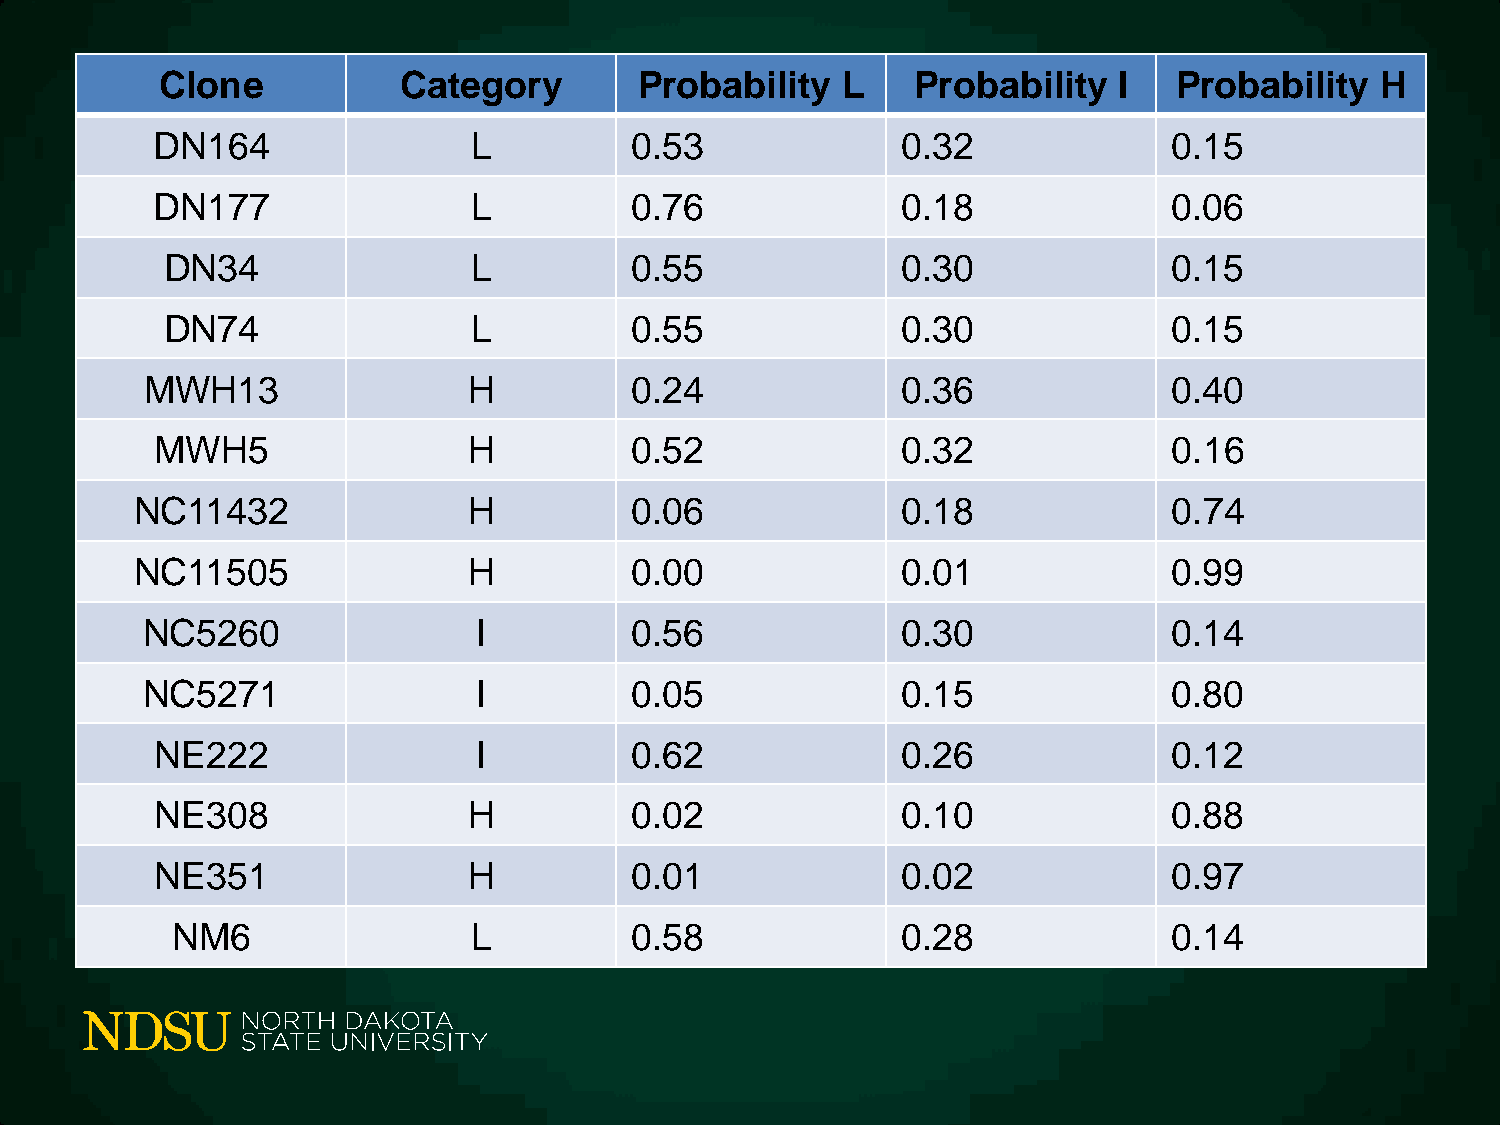
Clone           Category       Probability   L    Probability  I   Probability  H
 DN164                L          0.53              0.32              0.15
 DN177                L          0.76              0.18              0.06
 DN34                L          0.55              0.30              0.15
 DN74                L          0.55              0.30              0.15
 MWH13                H          0.24              0.36              0.40
 MWH5                 H          0.52              0.32              0.16
 NC11432               H          0.06              0.18              0.74
 NC11505               H          0.00              0.01              0.99
 NC5260                 I         0.56              0.30              0.14
 NC5271                 I         0.05              0.15              0.80
 NE222                 I         0.62              0.26              0.12
 NE308                H          0.02              0.10              0.88
 NE351                H          0.01              0.02              0.97
 NM6                 L          0.58              0.28              0.14